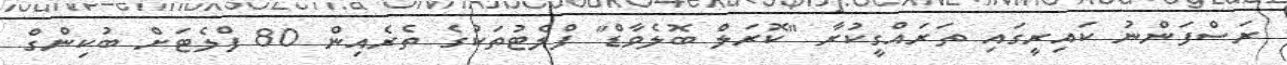
ރަސްފަންނު ކައިރީގައި ތަރައްގީކުރާ "ކޮރަލް ބޮލެވާޑް" ފްލެޓުތަކުގެ ތެރެއިން 80 ފްލެޓަށް ބުކިންގް